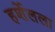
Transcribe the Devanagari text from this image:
हर्शेलला